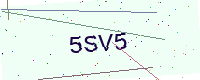
Text: 5SV5